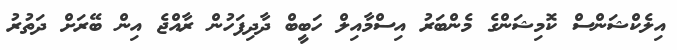
އިލެކްޝަންސް ކޮމިޝަންގެ މެންބަރު އިސްމާއިލް ހަބީބް ދާދިފަހުން ރާއްޖެ އިން ބޭރަށް ދަތުރު